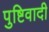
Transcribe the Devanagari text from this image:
पुष्टिवादी